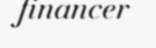
financer